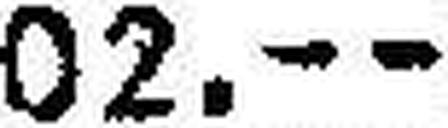
102.--